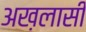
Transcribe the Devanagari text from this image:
अख़लासी